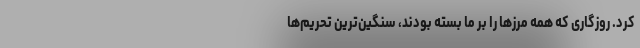
کرد. روزگاری که همه مرزها را بر ما بسته بودند، سنگین‌ترین تحریم‌ها